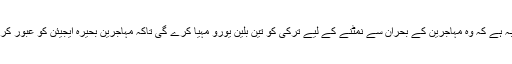
یورپی یونین کا منصوبہ ہے کہ وہ مہاجرین کے بحران سے نمٹنے کے لیے ترکی کو تین بلین یورو مہیا کرے گی تاکہ مہاجرین بحیرہ ایجیئن کو عبور کر کے یورپ نہ پہنچیں۔